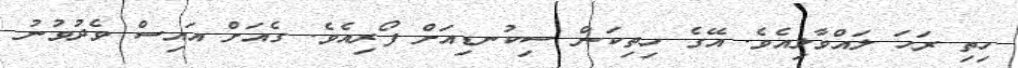
ހިތި ރަހަ ލައްވާލިއެވެ. އޭގެ ހިތިކަން ސިކުނޑިއަށް ފޯރިއެވެ. ގެއަށް އައިސް ވެދުވުނު